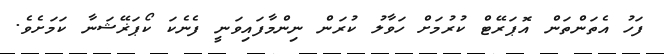
ފަހު އެތަންތަން އޮޕަރޭޓް ކުރުމަށް ހަވާލު ކުރަން ނިންމާފައިވަނީ ފެނެކަ ކޯޕަޜޭޝަނާ ކަމަށެވެ.